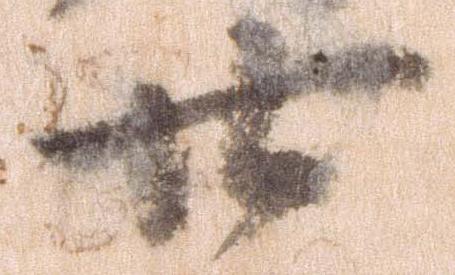
廿